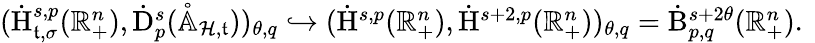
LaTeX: \begin{array}{r}{(\dot{\mathrm{H}}_{\mathfrak{t},\sigma}^{s,p}(\mathbb{R}_{+}^{n}),\dot{\mathrm{D}}_{p}^{s}(\mathring{\mathbb{A}}_{\mathcal{H},\mathfrak{t}}))_{\theta,q}\hookrightarrow(\dot{\mathrm{H}}^{s,p}(\mathbb{R}_{+}^{n}),\dot{\mathrm{H}}^{s+2,p}(\mathbb{R}_{+}^{n}))_{\theta,q}=\dot{\mathrm{B}}_{p,q}^{s+2\theta}(\mathbb{R}_{+}^{n})\mathrm{.~}}\end{array}